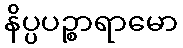
နိပ္ပပဉ္စာရာမော